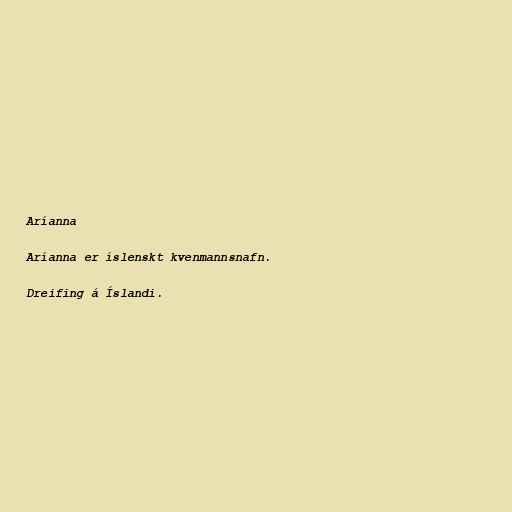
Aríanna

Aríanna er íslenskt kvenmannsnafn.

Dreifing á Íslandi.